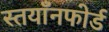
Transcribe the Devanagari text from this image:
स्तयाँनफोर्ड